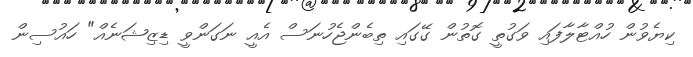
ކިޔެވުން ހުއްޓާލާފައި ވަގުތީ ގޮތުން ގޭގައި ތިބެންޖެހުނަސް އެއީ ނަގަންވީ ޑިޒިޝަނެއް" ހައުސިން